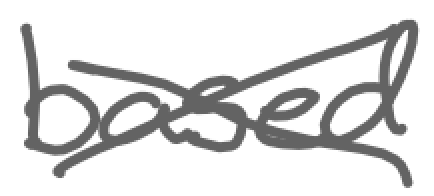
Text: based
Cross-out: cross
Writing tool: digital_gray